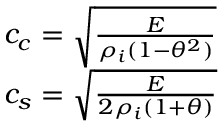
\begin{array} { l } { c _ { c } = \sqrt { \frac { E } { \rho _ { i } ( 1 - \theta ^ { 2 } ) } } } \\ { c _ { s } = \sqrt { \frac { E } { 2 \rho _ { i } ( 1 + \theta ) } } } \end{array}